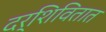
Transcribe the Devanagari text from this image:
दर्शिवितात